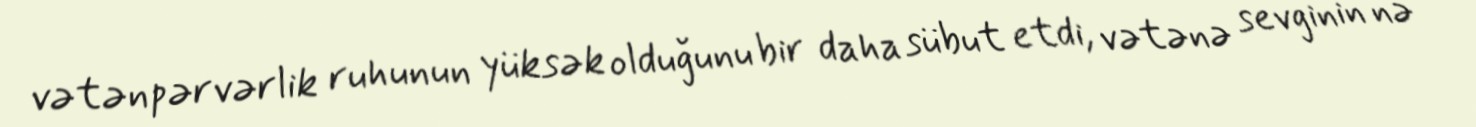
vətənpərvərlik ruhunun yüksək olduğunu bir daha sübut etdi, vətənə sevginin nə